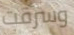
وسرقت